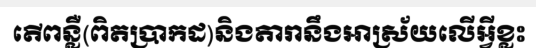
តើពន្លឺ(ពិតប្រាកដ)និងតារានឹងអាស្រ័យលើអ្វីខ្លះ